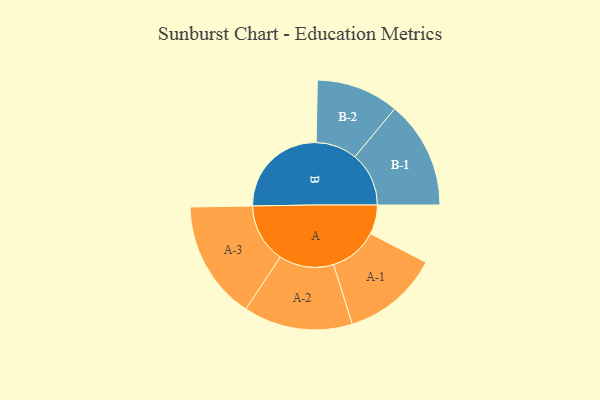
{"axis": {"x": "Segment", "y": "Value"}, "legend": ["", "A", "B"], "data": [{"x": "A", "y": 134, "type": ""}, {"x": "B", "y": 451, "type": ""}, {"x": "A-1", "y": 222, "type": "A"}, {"x": "A-2", "y": 250, "type": "A"}, {"x": "A-3", "y": 272, "type": "A"}, {"x": "B-1", "y": 247, "type": "B"}, {"x": "B-2", "y": 189, "type": "B"}]}